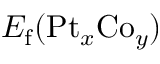
E _ { \mathrm { f } } ( \mathrm { P t } _ { x } \mathrm { C o } _ { y } )